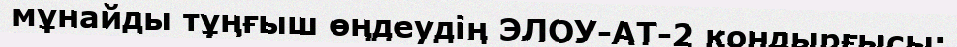
мұнайды тұңғыш өңдеудің ЭЛОУ-АТ-2 қондырғысы;